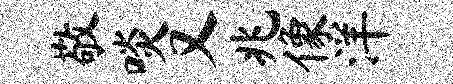
敬啖又兆像洋